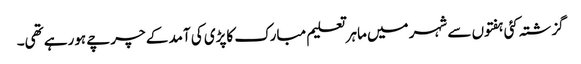
گزشتہ کئی ہفتوں سے شہر میں ماہر تعلیم مبارک کاپڑی کی آمد کے چرچے ہورہے تھی۔